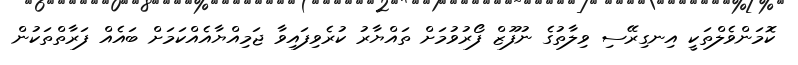
ކޮމަންވެލްތަކީ އިނގިރޭސި ވިލާތުގެ ނުފޫޒް ފޯރުވުމަށް ތައްޔާރު ކުރެވިފައިވާ ޖަމިއްޔާއެއްކަމަށް ބައެއް ފަރާތްތަކުން